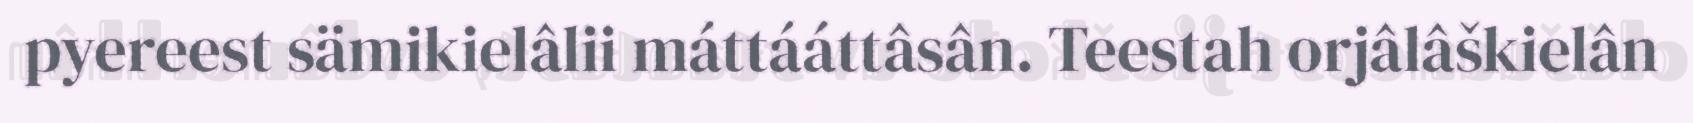
pyereest sämikielâlii máttááttâsân. Teestah orjâlâškielân